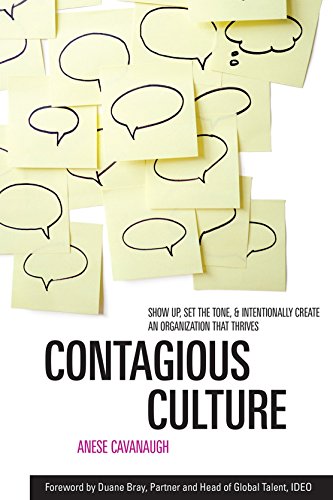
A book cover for Contagious Culture: Show Up, Set the Tone, and Intentionally Create an Organization that Thrives; Anese Cavanaugh; Business & Money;